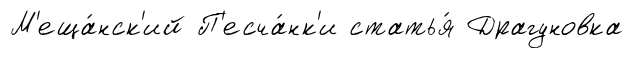
М'еща́нск'ий П'есча́нк'и статья́ Драгуновка